Report on vaccination in Madras 1922-1929 - 1922-1929
Year: 1922
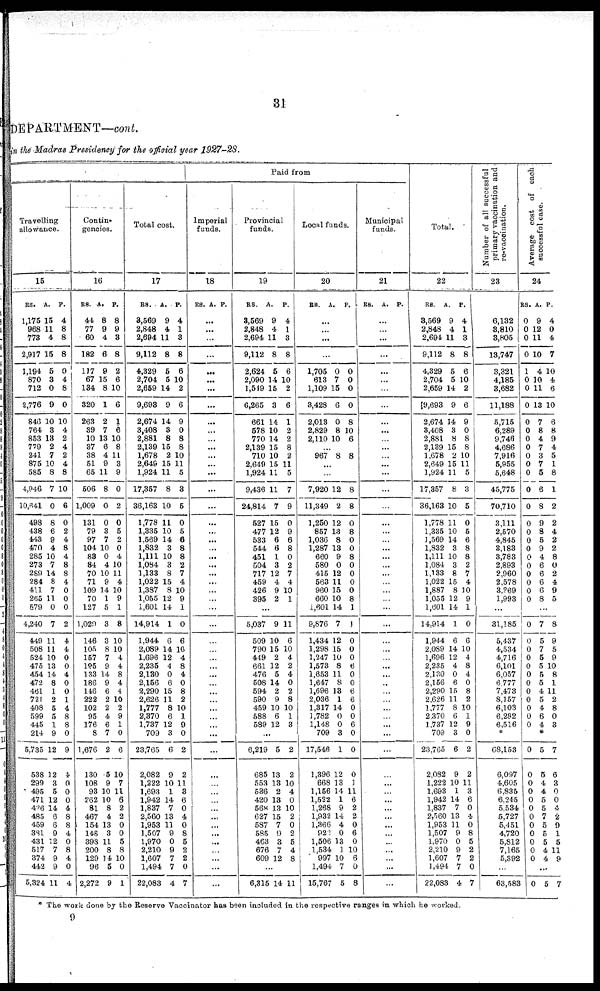
31
DEPARTMENT—cont.
in the Madras Presidency for the official year 1927-28.
Travelling
allowance.
15
RS.
1,175
968
773
2,917
1,194
870
712
2,776
846
764
853
779
241
875
585
4,946
10,641
498
438
443
470
285
273
289
284
411
265
579
4,240
449
508
524
475
454
472
461
721
408
599
445
214
5,735
538
299
495
471
426
485
459
381
431
517
374
442
5,324
A.
15
11
4
15
5
3
0
9
10
3
13
2
7
10
8
7
0
8
6
9
4
10
7
14
8
7
11
0
7
11
11
10
13
14
8
1
2
5
5
1
9
12
12
3
5
12
14
6
6
9
12
7
9
9
11
P.
4
8
8
8
0
4
8
0
10
4
2
4
2
4
8
10
6
0
2
4
8
4
8
8
4
0
0
0
2
4
4
0
0
4
0
0
1
4
8
8
0
9
4
0
0
0
4
8
8
4
0
8
4
0
4
Contin-
gencies.
16
RS.
44
77
60
182
117
67
134
320
263
39
10
37
38
51
65
506
1,009
131
79
97
104
83
84
70
71
109
70
127
1,029
146
105
157
195
133
186
146
222
102
95
176
8
1,676
130
108
93
262
81
467
154
148
398
200
129
96
2,272
A.
8
9
4
6
9
15
8
1
2
7
13
6
4
9
11
8
0
0
3
7
10
0
4
10
9
14
1
5
3
3
8
7
9
14
9
6
2
2
4
6
7
2
5
9
10
10
8
4
13
3
11
8
14
5
9
P.
8
9
3
8
2
6
10
6
1
6
10
8
11
3
9
0
2
0
5
2
0
4
10
11
4
10
9
1
8
10
10
4
4
8
4
4
10
2
9
1
0
6
10
7
11
6
2
2
0
0
5
8
10
0
1
Total cost.
17
RS.
3,569
2,848
2,694
9,112
4,329
2,704
2,659
9,693
2,674
3,408
2,881
2,139
1,678
2,649
1,924
17,357
36,163
1,778
1,335
1,569
1,832
1,111
1,084
1,133
1,022
1,387
1,055
1,601
14,914
1,944
2,089
1,696
2,235
2,130
2,156
2,290
2,626
1,777
2,370
1,737
709
23,765
2,082
1,222
1,693
1,942
1,837
2,560
1,953
1,507
1,970
2,210
1,607
1,494
22,083
A.
9
4
11
8
5
5
14
9
14
3
8
15
2
15
11
8
10
11
10
14
3
10
3
8
15
8
12
14
1
6
14
12
4
0
6
15
11
8
6
12
3
6
9
10
1
14
7
13
11
9
0
9
7
7
4
P.
4
1
3
8
6
10
2
6
9
0
8
8
10
11
5
3
5
0
5
6
8
8
2
7
4
10
9
1
0
6
10
4
8
4
0
8
2
10
10
9
0
2
2
11
3
6
0
4
0
8
5
2
2
0
7
Paid from
Imperial
funds.
18
RS. A. P.
...
...
...
...
...
...
...
...
...
...
...
...
...
...
...
...
...
...
...
...
...
...
...
...
...
...
...
...
...
...
...
...
...
...
...
...
...
...
...
...
...
...
...
...
...
...
...
...
...
...
...
...
...
...
...
Provincial
funds.
19
RS.
3,569
2,848
2,694
9,112
2,624
2,090
1,549
6,265
661
578
770
2,139
710
2,649
1,924
9,436
24,814
527
477
533
544
451
504
717
459
426
395
A.
9
4
11
8
5
14
15
3
14
10
14
15
10
15
11
11
7
15
12
6
6
1
3
12
4
9
2
P.
4
1
3
8
6
10
2
6
1
2
2
8
2
11
5
7
9
0
9
6
8
0
2
7
4
10
1
...
5,037
509
790
449
661
476
508
594
590
459
588
589
9
10
15
2
12
5
14
2
9
10
6
12
11
6
10
4
2
4
0
2
8
10
1
3
...
6,219
685
553
536
420
568
627
587
585
463
676
609
5
13
13
2
13
13
15
7
0
3
7
12
2
2
10
4
0
10
2
0
2
5
4
8
...
6,315 14 11
Local funds.
20
RS.
A.
P.
...
...
...
...
1,705
613
1,109
3,428
2,013
2,829
2,110
0
7
15
6
0
8
10
0
0
0
0
8
10
6
...
967 8 8
...
...
7,920
11,349
1,250
857
1,036
1,287
660
580
415
563
960
660
1,601
9,876
1,434
1,298
1,247
1,573
1,653
1,647
1,696
2,036
1,317
1,782
1,148
709
17,546
1,396
668
1,156
1,522
1,268
1,932
1,366
922
1,506
1,534
997
1,494
15,767
12
2
12
13
8
13
9
0
12
11
15
10
14
7
12
15
10
8
11
8
13
1
14
0
0
3
1
12
13
14
1
9
14
4
0
13
1
10
7
5
8
8
0
8
0
0
8
0
0
0
0
8
1
1
0
0
0
6
0
0
6
6
0
0
6
0
0
0
1
11
6
2
2
0
6
0
10
6
0
8
Municipal
funds.
21
RS.
A. P.
...
...
...
...
...
...
...
...
...
...
...
...
...
...
...
...
...
...
...
...
...
...
...
...
...
...
...
...
...
...
...
...
...
...
...
...
...
...
...
...
...
...
...
...
...
...
...
...
...
...
...
...
...
...
Total.
22
RS.
3,569
2,848
2,694
9,112
4,329
2,704
2,659
19,693
2,674
3,408
2,881
2,139
1,678
2,649
1,924
17,357
36,163
1,778
1,335
1,569
1,832
1,111
1,084
1,133
1,022
1,887
1,055
1,601
14,914
1,944
2,089
1,696
2,235
2,130
2,156
2,290
2,626
1,777
2,370
1,737
709
23,765
2,082
1,222
1,693
1,942
1,837
2,560
1,953
1,507
1,970
2,210
1,607
1,494
22,083
A.
9
4
11
8
5
5
14
9
14
3
8
15
2
15
11
8
10
11
10
14
3
10
3
8
15
8
12
14
1
6
14
12
4
0
6
15
11
8
6
12
3
6
9
10
1
14
7
13
11
9
0
9
7
7
4
P.
4
1
3
8
6
10
2
6
9
0
8
8
10
11
5
3
5
0
5
6
8
8
2
7
4
10
9
1
0
6
10
4
8
4
0
8
2
10
1
9
0
2
2
11
3
6
0
4
0
8
5
2
2
0
7
Number of all successful
primary vaccination and
re-vaccination.
23
6,132
8,810
3,805
13,747
3,321
4,185
3,682
11,188
5,715
6,289
9,746
4,686
7,916
5,955
5,648
45,775
70,710
3,111
2,570
4,845
3,183
3,783
2,893
2,960
2,578
3,269
1,993
...
31,185
5,437
4,534
4,716
6,101
6,057
6,777
7,473
8,157
6,103
6,282
6,516
*
68,153
6,097
4,605
6,835
6,245
5,534
5,727
5,451
4,720
5,812
7,165
5,392
...
63,583
Average cost of each
successful case.
24
RS.
0
0
0
0
1
0
0
0
0
0
0
0
0
0
0
0
0
0
0
0
0
0
0
0
0
0
0
A.
9
12
11
10
4
10
11
13
7
8
4
7
3
7
5
6
8
9
8
5
9
4
6
6
6
6
8
P.
4
0
4
7
10
4
6
10
6
8
9
4
5
1
8
1
2
2
4
2
2
8
0
2
4
9
5
...
0
0
0
0
0
0
0
0
0
0
0
0
7
5
7
5
5
5
5
4
5
4
6
4
8
9
5
9
10
8
1
11
2
8
0
3
*
0
0
0
0
0
0
0
0
0
0
0
0
5
5
4
4
5
5
7
5
5
5
4
4
7
6
3
0
0
4
2
9
1
5
11
9
...
0 5 7
* The work done by the Reserve Vaccinator has been included in the respective ranges in which he worked.
9